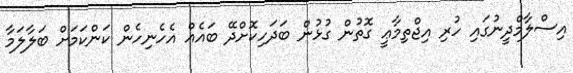
އިސްލާމްދީނުގައި ހުރި އިޖްތިމާޢީ ގޮތުން ގުޅުން ބަދަހިކޮށްދޭ ބައެއް އެހެނިހެން ކަންކަމަށް ބަލާލަމާ